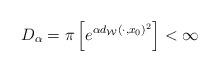
LaTeX: \begin{align*} D_{\alpha}=\pi\left[ e^{\alpha d_{\mathcal{W}}(\cdot, x_0)^2}\right] < \infty \end{align*}